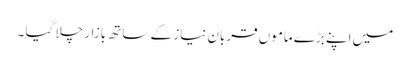
میں اپنے بڑے ماموں قربان نیاز کے ساتھ بازار چلا گیا ۔